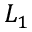
L _ { 1 }